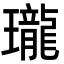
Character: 瓏